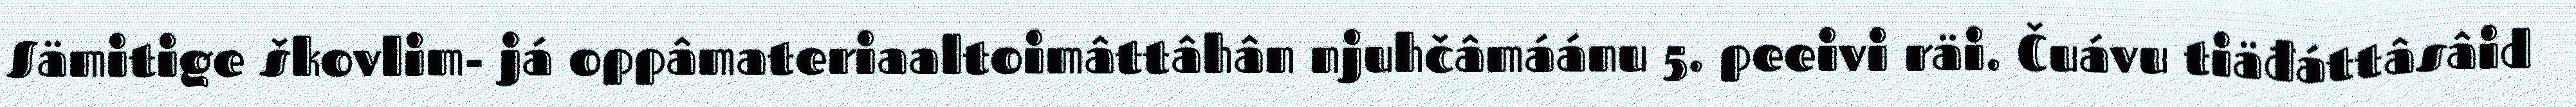
Sämitige škovlim- já oppâmateriaaltoimâttâhân njuhčâmáánu 5. peeivi räi. Čuávu tiäđáttâsâid